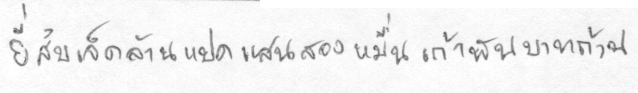
ยี่สิบเจ็ดล้านแปดแสนสองหมื่นเก้าพันบาทถ้วน